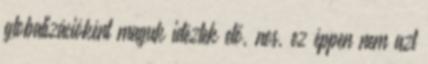
globalizációként maguk idéztek elő, nos, ez éppen nem azt